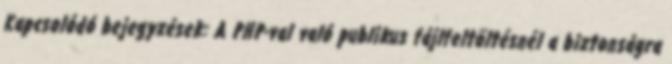
Kapcsolódó bejegyzések: A PHP-val való publikus fájlfeltöltésnél a biztonságra